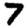
Digit: 7